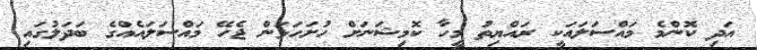
އަދި ކޮންމެ މައްސަލައަކީ ރައްޔިތު މީހާ ކޮމިޝަނަށް ހުށަހަޅަން ޖެހޭ މައްސަލައެއްގެ ބަދަލުގައި